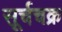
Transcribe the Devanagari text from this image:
सूर्चचक्र